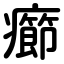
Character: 癤